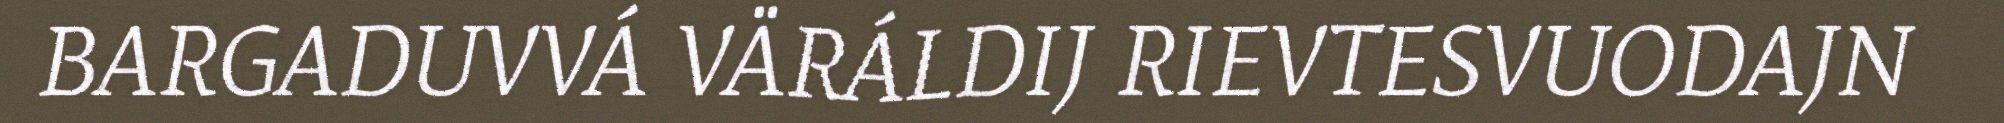
BARGADUVVÁ VÄRÁLDIJ RIEVTESVUODAJN